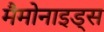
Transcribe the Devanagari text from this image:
मैमोनाइड्स